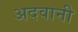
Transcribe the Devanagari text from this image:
अदवानी